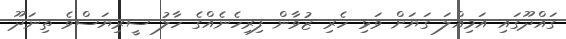
ގައްދޫގައި އަމިއްލަ ގަޔަށް ވަޅި ހެރި ޒުވާން ފިރިހެނެއްގެ ހާލު ސީރިޔަސްވެ ތިނަދޫ